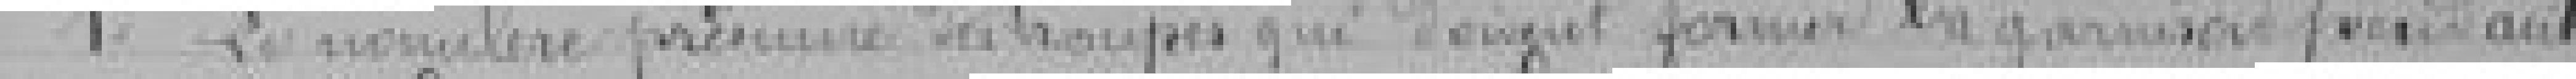
1° Le nombre présumé des troupes qui doivent former la garnison pendant